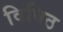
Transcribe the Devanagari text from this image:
विषिठ